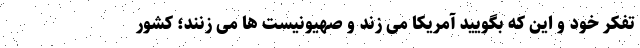
تفکر خود و این که بگویید آمریکا می زند و صهیونیست ها می زنند؛ کشور